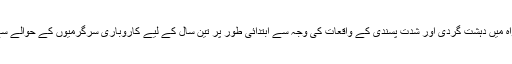
سابق دور حکومت میں خیبر پختونخواہ میں دہشت گردی اور شدت پسندی کے واقعات کی وجہ سے ابتدائی طور پر تین سال کے لیے کاروباری سرگرمیوں کے حوالے سے انکم ٹیکس چارج نہیں کیا جاتا تھا۔